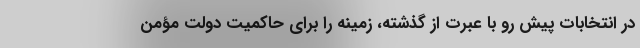
در انتخابات پیش رو با عبرت از گذشته، زمینه را برای حاکمیت دولت مؤمن